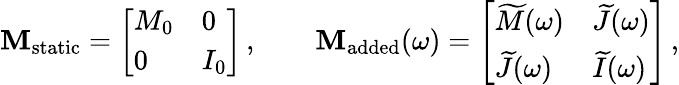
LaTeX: \mathbf{M}_{\mathrm{static}}=\left[\begin{array}{ll}{M_{0}}&{0}\\ {0}&{I_{0}}\end{array}\right]\, ,\qquad\mathbf{M}_{\mathrm{added}}(\omega)=\left[\begin{array}{ll}{\widetilde{M}(\omega)}&{\widetilde{J}(\omega)}\\ {\widetilde{J}(\omega)}&{\widetilde{I}(\omega)}\end{array}\right]\, ,